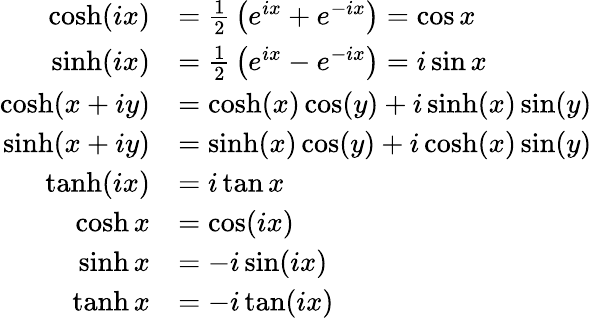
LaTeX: {\begin{array}{rl}{\cosh(ix)}&{={\frac{1}{2}}\left(e^{ix}+e^{-ix}\right)=\cos x}\\ {\sinh(ix)}&{={\frac{1}{2}}\left(e^{ix}-e^{-ix}\right)=i\sin x}\\ {\cosh(x+iy)}&{=\cosh(x)\cos(y)+i\sinh(x)\sin(y)}\\ {\sinh(x+iy)}&{=\sinh(x)\cos(y)+i\cosh(x)\sin(y)}\\ {\operatorname{tanh}(ix)}&{=i\tan x}\\ {\cosh x}&{=\cos(ix)}\\ {\sinh x}&{=-i\sin(ix)}\\ {\operatorname{tanh}x}&{=-i\tan(ix)}\end{array}}